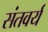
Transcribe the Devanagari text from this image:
संतवर्य